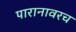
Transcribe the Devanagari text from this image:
पारानावरच